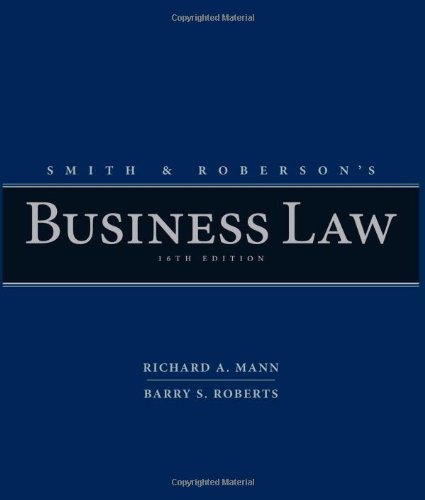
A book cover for Smith and Roberson's Business Law; Richard A. Mann; Law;